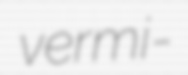
vermi-